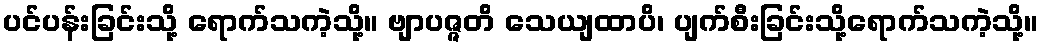
ပင်ပန်းခြင်းသို့ ရောက်သကဲ့သို့။ ဗျာပဇ္ဇတိ သေယျထာပိ၊ ပျက်စီးခြင်းသို့ရောက်သကဲ့သို့။